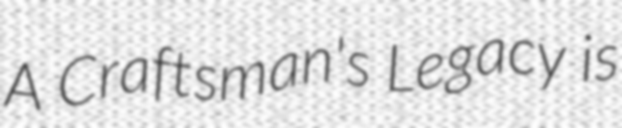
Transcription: A Craftsman's Legacy is